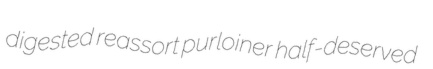
digested reassort purloiner half-deserved